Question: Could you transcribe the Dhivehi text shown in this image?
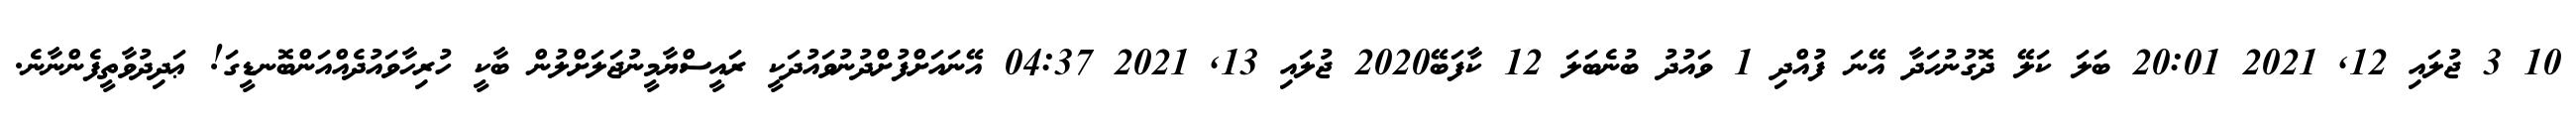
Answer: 10 3 ޖުލައި 12, 2021 20:01 ބަލަ ކަލޭ ދޮގުނުހަދާ އޭނަ ފުއްދި 1 ވައުދު ބުނެބަލަ 12 ކާފަބޭ2020 ޖުލައި 13, 2021 04:37 އޭނައަށްފުށްދުނުވައުދަކީ ރައީސްޔާމީނުޖަލަށްލުން ބާކީ ހުރިހާވައުދެއްއަންބޮނޑީގަ! ޢަދިދުވާތީފެންނާނެ.